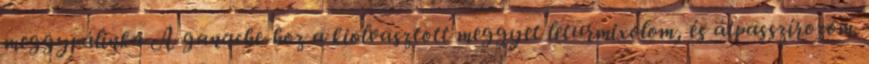
meggypálinka A ganache-hoz a kiolvasztott meggyet leturmixolom, és átpasszírozom.